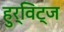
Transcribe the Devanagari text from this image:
हुर्विट्ज